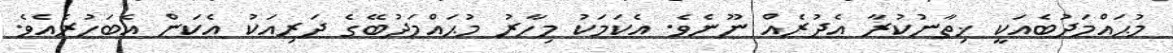
މުޙައްމަދުބެއަކީ ޚިތާނުކުރާ އެދުރެއް ނޫނެވެ. އެކަމަކު މިހާރު މުޙައްމަދުބޭގެ ދަރިއަކު އެކަން އެބަހުރެއެވެ.